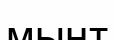
мыңт